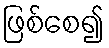
ဖြစ်စေ၍